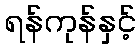
ရန်ကုန်နှင့်